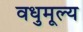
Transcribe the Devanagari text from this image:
वधुमूल्य